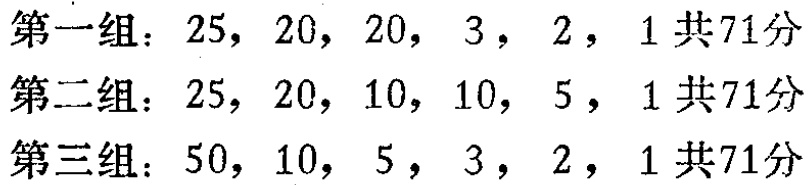
第一组：$25,20,20,3,2,1$ 共71分

第二组：$25,20,10,10,5,1$ 共71分

第三组：$50,10,5,3,2,1$ 共71分